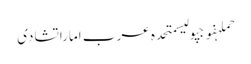
حملہفوجپولیسمتحدہ عرب اماراتشادی